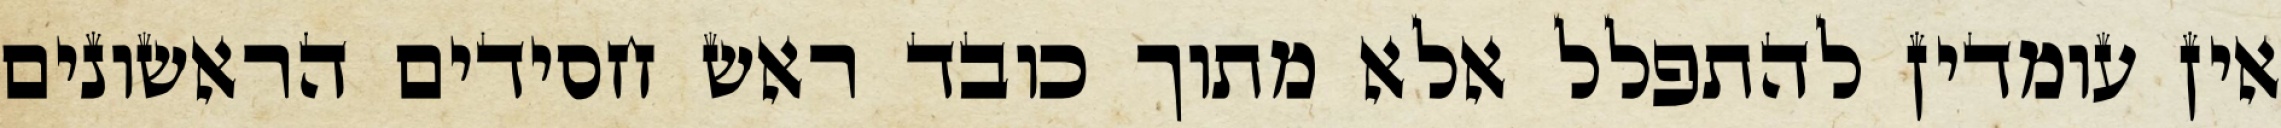
אין עומדין להתפלל אלא מתוך כובד ראש חסידים הראשונים